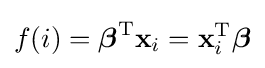
f(i)={\boldsymbol {\beta }}^{\mathrm {T} }\mathbf {x} _{i}=\mathbf {x} _{i}^{\mathrm {T} }{\boldsymbol {\beta }}